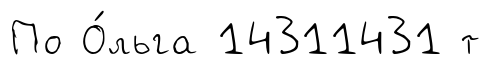
По О́льга 14311431 т